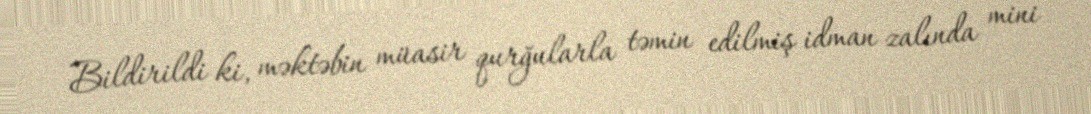
Bildirildi ki, məktəbin müasir qurğularla təmin edilmiş idman zalında mini